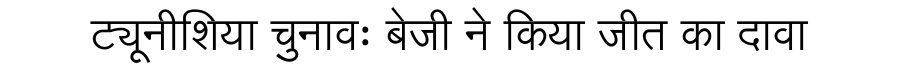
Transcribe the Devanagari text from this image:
ट्यूनीशिया चुनावः बेजी ने किया जीत का दावा